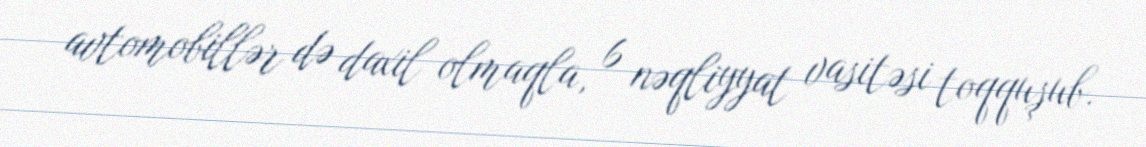
avtomobillər də daxil olmaqla, 6 nəqliyyat vasitəsi toqquşub.